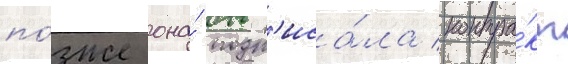
по́зже она́ подп'иса́ла контра́кт